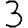
Digit: 3